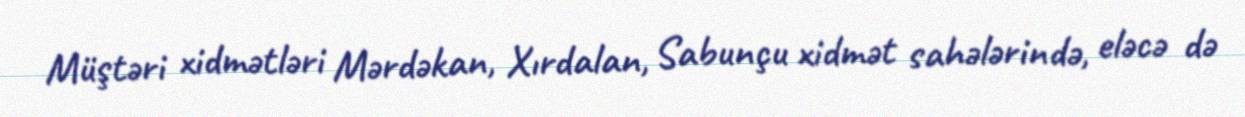
Müştəri xidmətləri Mərdəkan, Xırdalan, Sabunçu xidmət sahələrində, eləcə də